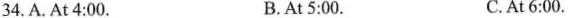
34.A. At 4:00. B.At 5:00. C.At 6:00.